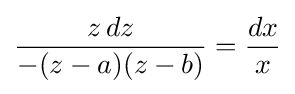
{\frac {z\,dz}{-(z-a)(z-b)}}={\frac {dx}{x}}